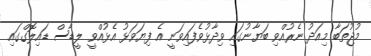
މުޖުތަބާ މިއަދު ނެރުއްވި ބަޔާނުގައި ވިދާޅުވެފައިވަނީ އެ ފިޔަވަޅު އެޅުއްވީ ލީޑާސް ޑައިލޮގްގައި